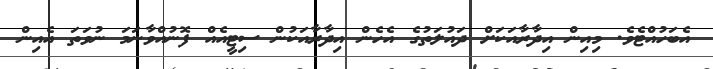
އެބަހުއްޓެވެ. މިއިން އިދާރާއަކަށް ދައުލަތުގެ އެހެން އިދާރާއަކުން ސިޓީއެއް ފޮނުއްވާނަމަ ނުވަތަ އެއިން